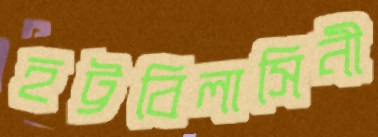
হট্টবিলাসিনী